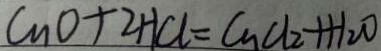
C u O + 2 H C l = C u C l _ { 2 } + H _ { 2 } O